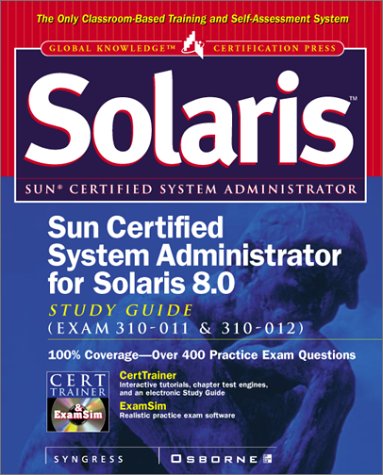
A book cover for Sun Certified System Administrator for Solaris 8 Study Guide (Exam 310-011 & 310-012); Syngress Media Inc; Computers & Technology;